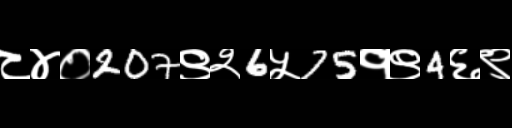
Text: ८४०207९२6५75१९4६९